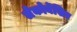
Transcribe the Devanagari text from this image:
लेकोर्बेसिए